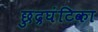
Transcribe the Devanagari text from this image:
छुद्रघंटिका